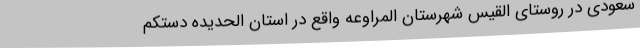
سعودی در روستای القیس شهرستان المراوعه واقع در استان الحدیده دستکم